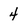
Character: 4